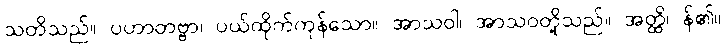
သတိသည်။ ပဟာတဗ္ဗာ၊ ပယ်ထိုက်ကုန်သော။ အာသဝါ၊ အာသဝတို့သည်။ အတ္ထိ၊ န်၏။